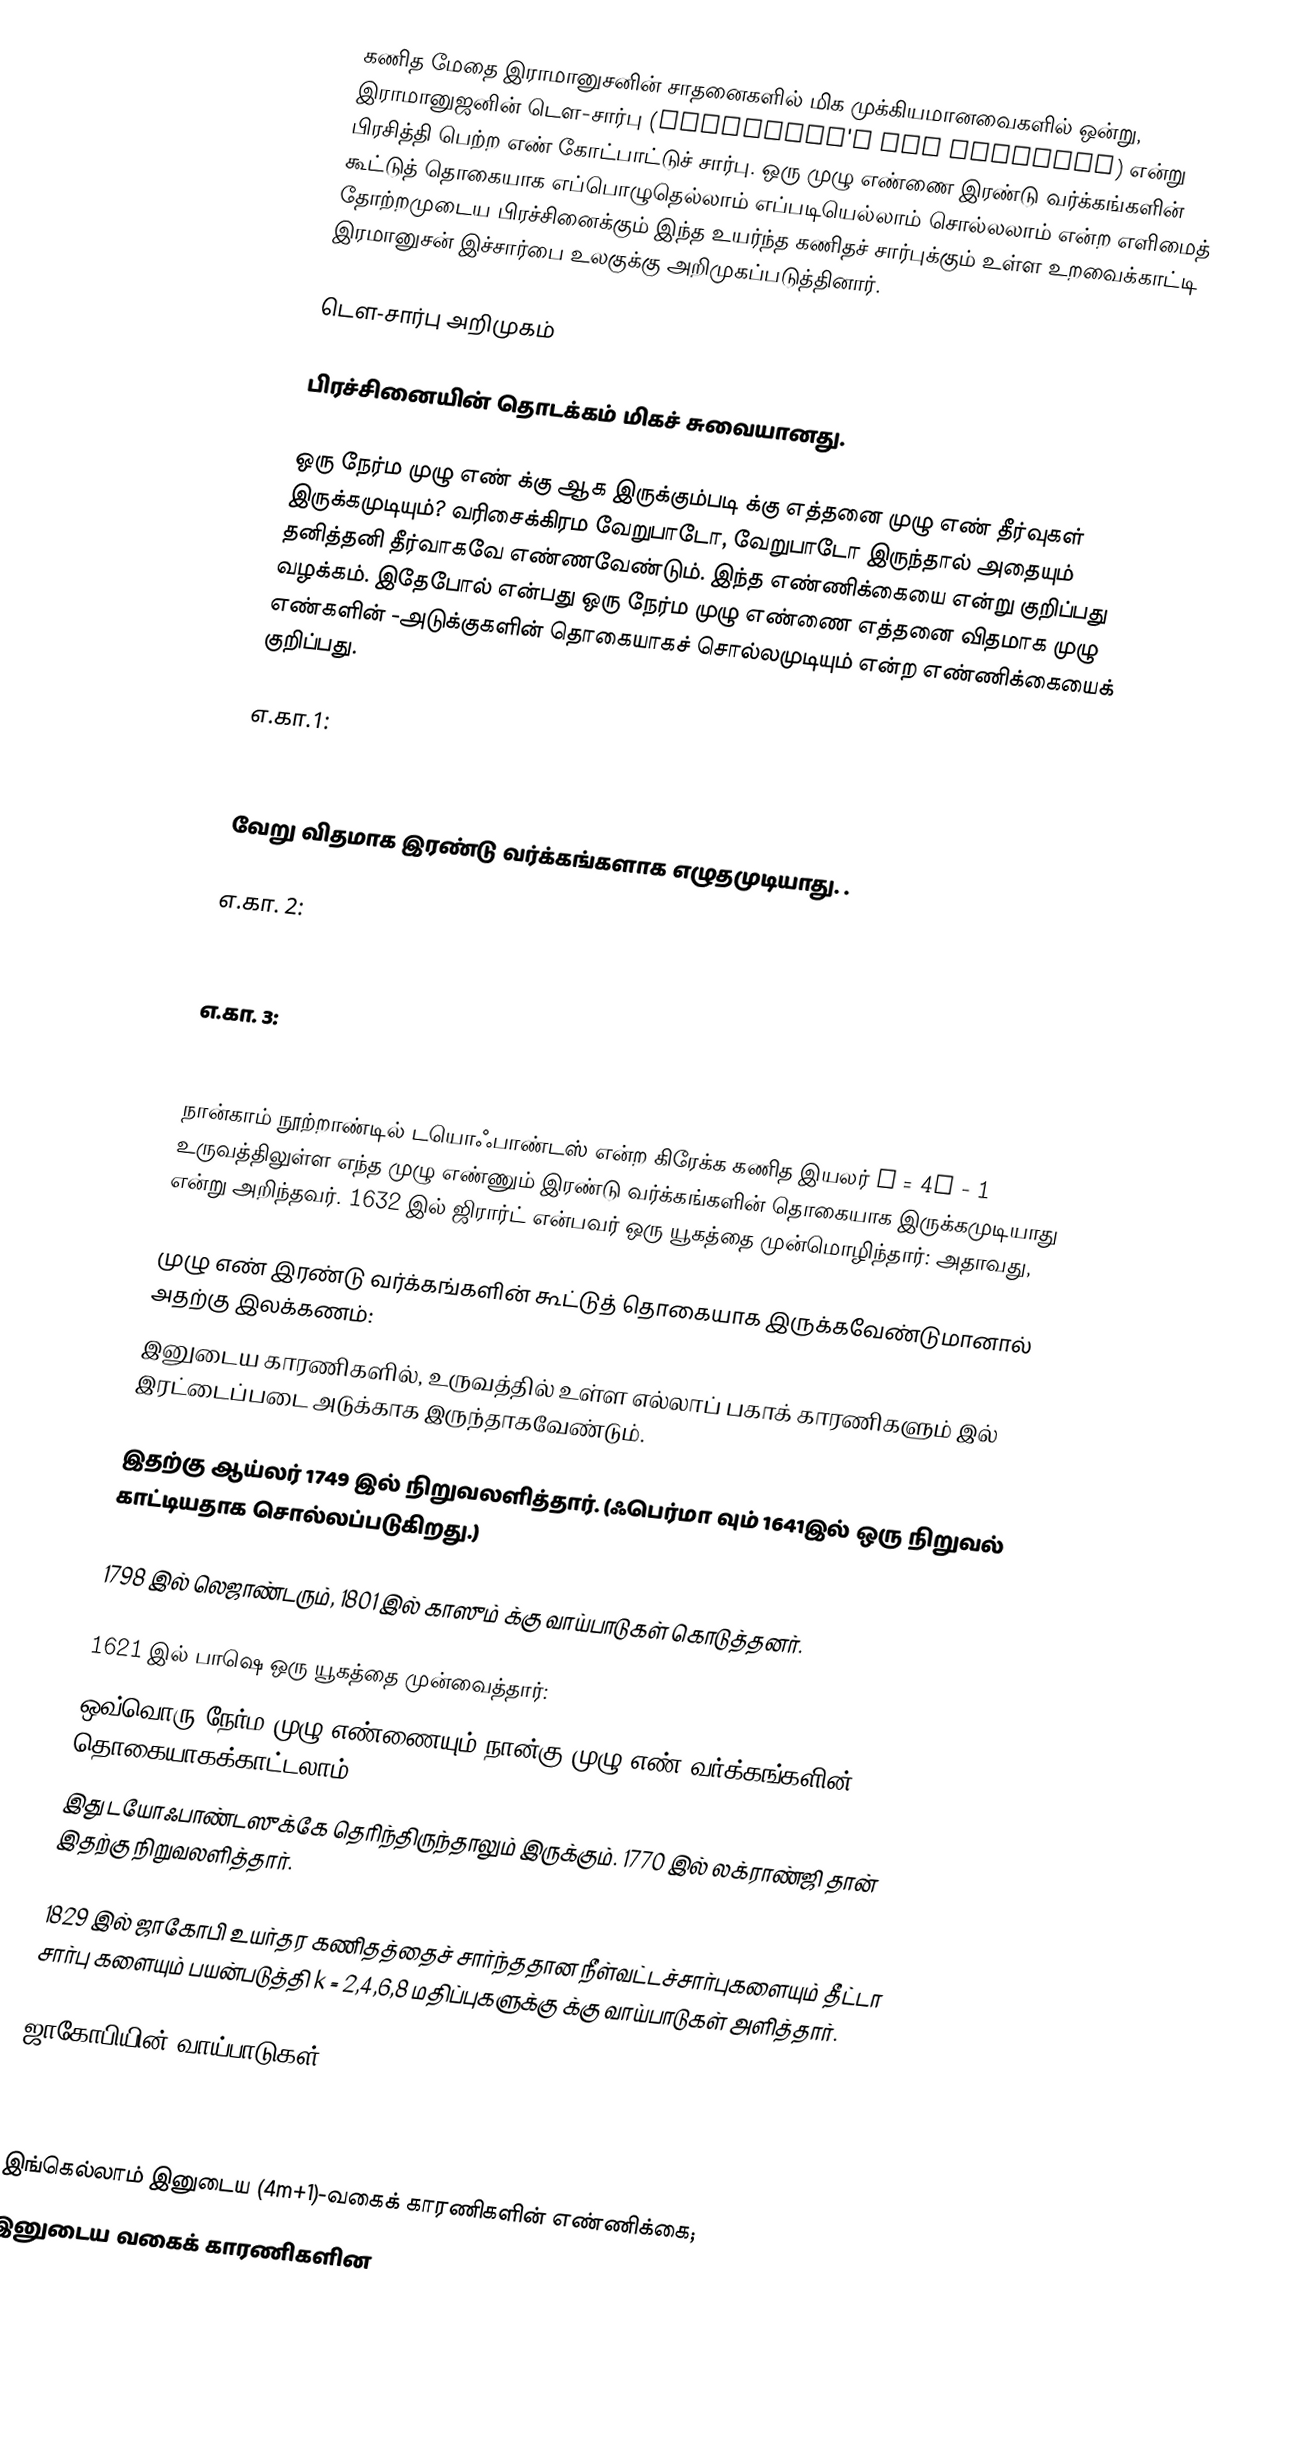
கணித மேதை இராமானுசனின்  சாதனைகளில் மிக முக்கியமானவைகளில் ஒன்று, இராமானுஜனின் டௌ-சார்பு (Ramanujan's tau Function) என்று பிரசித்தி பெற்ற எண் கோட்பாட்டுச் சார்பு. ஒரு முழு எண்ணை இரண்டு வர்க்கங்களின் கூட்டுத் தொகையாக எப்பொழுதெல்லாம் எப்படியெல்லாம் சொல்லலாம்   என்ற எளிமைத் தோற்றமுடைய பிரச்சினைக்கும் இந்த உயர்ந்த கணிதச் சார்புக்கும் உள்ள உறவைக்காட்டி இரமானுசன் இச்சார்பை உலகுக்கு அறிமுகப்படுத்தினார்.

டௌ-சார்பு அறிமுகம்

பிரச்சினையின் தொடக்கம் மிகச் சுவையானது.

 ஒரு நேர்ம முழு எண்  க்கு    ஆக இருக்கும்படி  க்கு எத்தனை முழு எண் தீர்வுகள் இருக்கமுடியும்? வரிசைக்கிரம வேறுபாடோ,  வேறுபாடோ இருந்தால் அதையும் தனித்தனி தீர்வாகவே எண்ணவேண்டும்.  இந்த எண்ணிக்கையை     என்று குறிப்பது வழக்கம். இதேபோல்      என்பது ஒரு நேர்ம முழு எண்ணை எத்தனை விதமாக முழு எண்களின்  -அடுக்குகளின் தொகையாகச் சொல்லமுடியும் என்ற எண்ணிக்கையைக் குறிப்பது.

எ.கா.1:

   வேறு விதமாக  இரண்டு வர்க்கங்களாக எழுதமுடியாது. .

எ.கா. 2:

எ.கா. 3:

நான்காம் நூற்றாண்டில் டயொஃபாண்டஸ் என்ற கிரேக்க கணித இயலர் n = 4q - 1 உருவத்திலுள்ள எந்த முழு எண்ணும்  இரண்டு வர்க்கங்களின் தொகையாக இருக்கமுடியாது என்று அறிந்தவர்.  1632 இல் ஜிரார்ட் என்பவர் ஒரு யூகத்தை முன்மொழிந்தார்: அதாவது,

 முழு எண்  இரண்டு வர்க்கங்களின் கூட்டுத் தொகையாக இருக்கவேண்டுமானால் அதற்கு இலக்கணம்:
  இனுடைய காரணிகளில்,  உருவத்தில் உள்ள  எல்லாப் பகாக் காரணிகளும்  இல் இரட்டைப்படை அடுக்காக இருந்தாகவேண்டும்.

இதற்கு ஆய்லர் 1749 இல் நிறுவலளித்தார். (ஃபெர்மா வும் 1641இல் ஒரு நிறுவல் காட்டியதாக சொல்லப்படுகிறது.)

1798 இல் லெஜாண்டரும், 1801 இல் காஸும்  க்கு வாய்பாடுகள் கொடுத்தனர்.

1621 இல் பாஷெ ஒரு யூகத்தை முன்வைத்தார்:
 ஒவ்வொரு நேர்ம முழு எண்ணையும் நான்கு முழு எண் வர்க்கங்களின் தொகையாகக்காட்டலாம்.
இது டயோஃபாண்டஸுக்கே தெரிந்திருந்தாலும் இருக்கும். 1770 இல் லக்ராண்ஜி தான் இதற்கு நிறுவலளித்தார்.

1829 இல் ஜாகோபி உயர்தர கணிதத்தைச் சார்ந்ததான நீள்வட்டச்சார்புகளையும் தீட்டா சார்பு களையும் பயன்படுத்தி k = 2,4,6,8 மதிப்புகளுக்கு  க்கு  வாய்பாடுகள் அளித்தார்.

ஜாகோபியின் வாய்பாடுகள்:

இங்கெல்லாம்   இனுடைய (4m+1)-வகைக் காரணிகளின் எண்ணிக்கை;
  இனுடைய வகைக் காரணிகளின